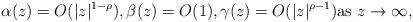
LaTeX: \begin{align*} \alpha(z) = O( |z|^{1-\rho} ), \beta (z) = O(1), \gamma(z) = O( |z|^{\rho-1}) \hbox{as $z \to \infty$}, \end{align*}